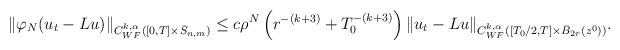
LaTeX: \begin{align*}\begin{aligned}\|\varphi_N (u_t- Lu)\|_{C^{k,\alpha}_{WF}([0,T]\times\bar S_{n,m})}\leq c \rho^N\left(r^{-(k+3)}+T_0^{-(k+3)}\right) \|u_t- Lu\|_{C^{k,\alpha}_{WF}([T_0/2,T]\times\bar B_{2r}(z^0))}.\end{aligned}\end{align*}